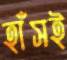
হাঁসই